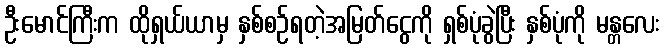
ဦးမောင်ကြီးက ထိုရှယ်ယာမှ နှစ်စဉ်ရတဲ့အမြတ်ငွေကို ရှစ်ပုံခွဲပြီး နှစ်ပုံကို မန္တလေး